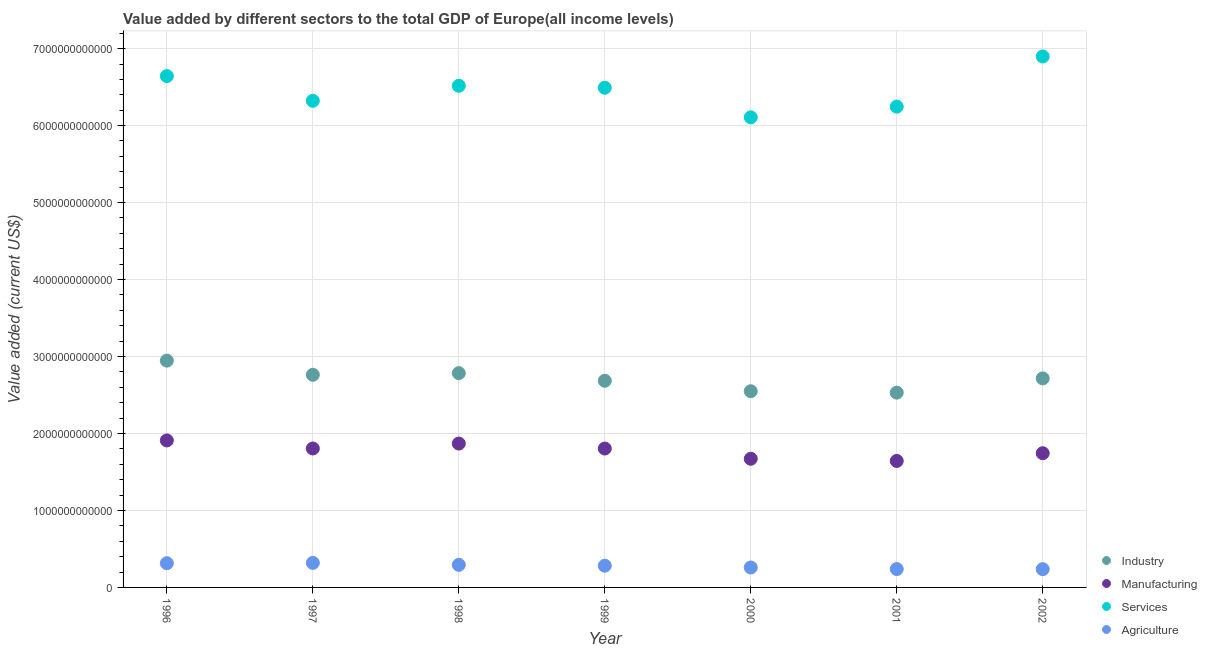
| Year | Industry | Manufacturing | Services | Agriculture |
 | --- | --- | --- | --- | --- |
 | 1996 | 2.95e+12 | 1.91e+12 | 6.64e+12 | 3.15e+11 |
 | 1997 | 2.76e+12 | 1.81e+12 | 6.32e+12 | 3.19e+11 |
 | 1998 | 2.78e+12 | 1.87e+12 | 6.52e+12 | 2.93e+11 |
 | 1999 | 2.68e+12 | 1.8e+12 | 6.49e+12 | 2.82e+11 |
 | 2000 | 2.55e+12 | 1.67e+12 | 6.11e+12 | 2.59e+11 |
 | 2001 | 2.53e+12 | 1.64e+12 | 6.25e+12 | 2.39e+11 |
 | 2002 | 2.72e+12 | 1.74e+12 | 6.9e+12 | 2.37e+11 |